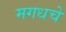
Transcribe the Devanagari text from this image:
मगधचे